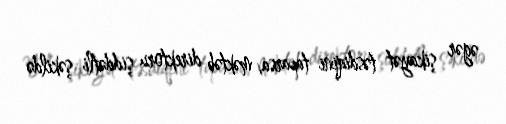
əgər şikayət təsdiqini taparsa, məktəb direktoru şiddətli şəkildə